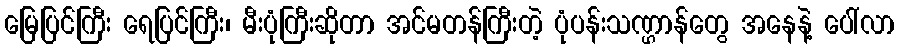
မြေပြင်ကြီး ရေပြင်ကြီး၊ မီးပုံကြီးဆိုတာ အင်မတန်ကြီးတဲ့ ပုံပန်းသဏ္ဌာန်တွေ အနေနဲ့ ပေါ်လာ